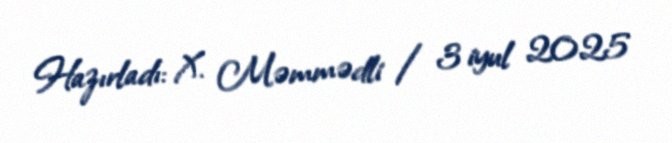
Hazırladı: X. Məmmədli / 3 iyul 2025